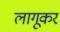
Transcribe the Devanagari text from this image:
लागूकर